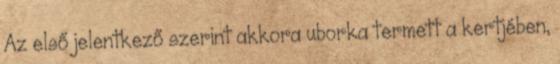
Az első jelentkező szerint akkora uborka termett a kertjében,